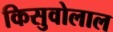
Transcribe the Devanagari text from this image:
किसुवोलाल